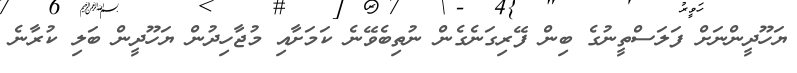
ޔަހޫދީންނަށް ފަލަސްތީނުގެ ބިން ފޭރިގަނެގެން ނުތިބެވޭނެ ކަމަށާއި މުޖާހިދުން ޔަހޫދީން ބަލި ކުރާނެ